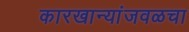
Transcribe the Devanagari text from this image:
कारखान्यांजवळचा